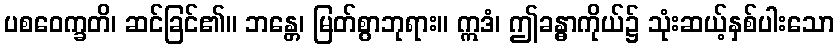
ပစဝေက္ခတိ၊ ဆင်ခြင်၏။ ဘန္တေ၊ မြတ်စွာဘုရား။ ဣဒံ၊ ဤခန္ဓာကိုယ်၌ သုံးဆယ့်နှစ်ပါးသော